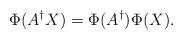
LaTeX: \begin{align*}\Phi(A^{\dagger} X) = \Phi(A^{\dagger} ) \Phi(X).\end{align*}